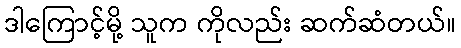
ဒါကြောင့်မို့ သူက ကိုလည်း ဆက်ဆံတယ်။